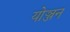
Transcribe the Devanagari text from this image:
योञ्जन